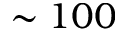
\sim 1 0 0